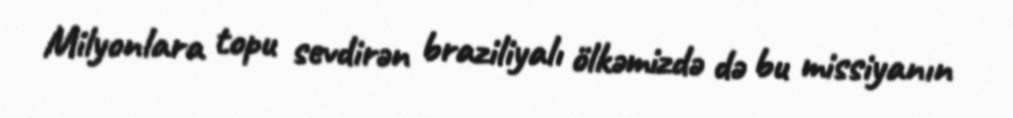
Milyonlara topu sevdirən braziliyalı ölkəmizdə də bu missiyanın